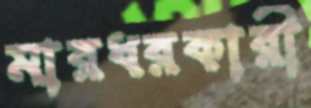
মারধরকারী